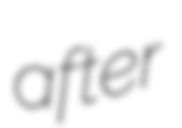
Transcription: after